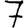
Digit: 7